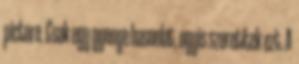
picture. Csak egy gyenge hasonlat, ugyis szeretitek ezt. A